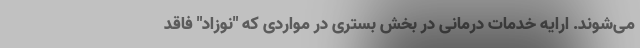
می‌شوند. ارایه خدمات درمانی در بخش بستری در مواردی که "نوزاد" فاقد